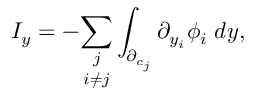
I _ { y } = - \underset { i \neq j } { \sum _ { j } } \int _ { \partial _ { c _ { j } } } \partial _ { y _ { i } } \phi _ { i } \; d y ,